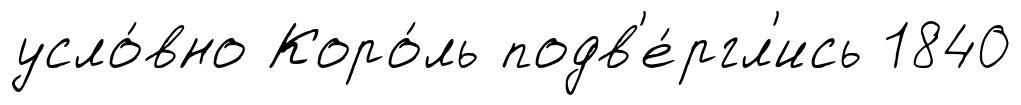
усло́вно Коро́ль подв'е́ргл'ись 1840